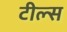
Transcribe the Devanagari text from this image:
टील्स